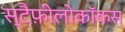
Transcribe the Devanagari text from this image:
स्टैफ़ीलोकॉकस